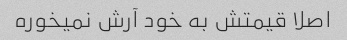
اصلا قیمتش به خود آرش نمیخوره